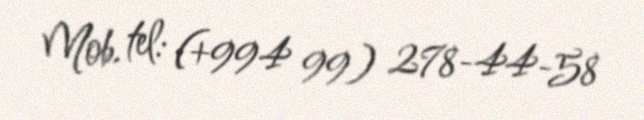
Mob. tel: (+994 99) 278-44-58